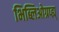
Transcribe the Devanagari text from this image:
भिब्लिओग्रप्ह्य्